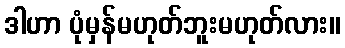
ဒါဟာ ပုံမှန်မဟုတ်ဘူးမဟုတ်လား။